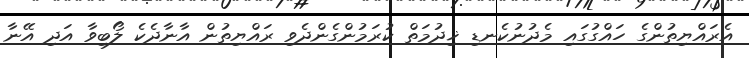
އެރައްޔިތުންގެ ހައްގުގައި މެދުނުކެނޑި ޚިދުމަތް ކުރަމުންގެންދެވި ރައްޔިތުން އާނާދެކެ ލޯބިވާ އަދި އޭނާ